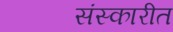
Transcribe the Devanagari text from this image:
संस्कारीत